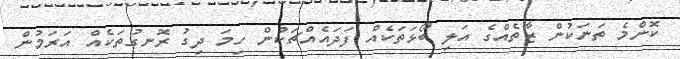
ކޮންމެ ތަނަކުން ޒާތެއްގެ އަލި ބޯޅަތަކެއް ފަދައެއްޗަކުން ހިމަ ދިގު ރޮނގުތަކެއް އަރަމުން